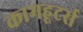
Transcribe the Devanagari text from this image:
कामहूटर्स